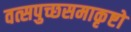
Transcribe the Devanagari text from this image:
वत्सपुच्छसमाकृष्टो